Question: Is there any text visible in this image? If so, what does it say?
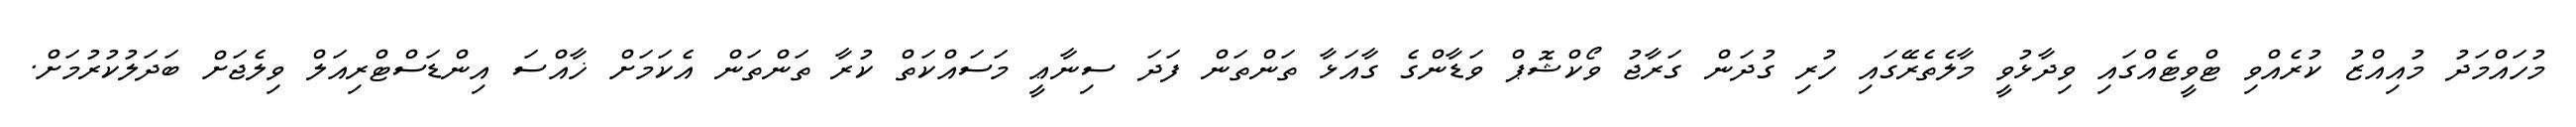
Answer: މުހައްމަދު މުއިއްޒު ކުރެއްވި ޓްވީޓެއްގައި ވިދާޅުވީ މާލެތެރޭގައި ހުރި ގުދަން ގަރާޖު ވޯކްޝޮޕް ވަޑާންގެ ގާއަޅާ ތަންތަން ފަދަ ސިނާޢީ މަސައްކަތް ކުރާ ތަންތަން އެކަމަށް ޚާއްސަ އިންޑަސްޓްރިއަލް ވިލެޖަށް ބަދަލުކުރުމަށް.